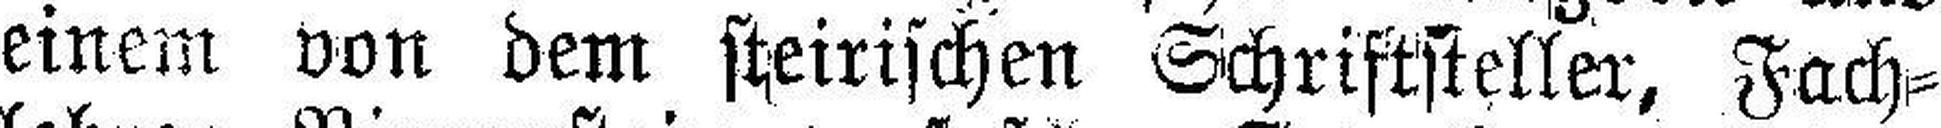
einem von dem steirischen Schriftsteller, Fach¬